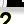
Digit: 2